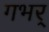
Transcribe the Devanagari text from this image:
गभर्